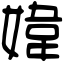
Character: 媁